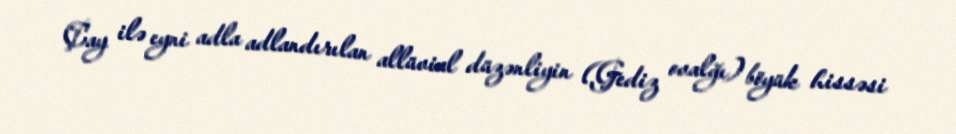
Çay ilə eyni adla adlandırılan allüvial düzənliyin (Gediz ovalğı) böyük hissəsi